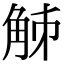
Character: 𧣘